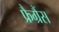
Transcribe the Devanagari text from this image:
फ्रैग्रैंस